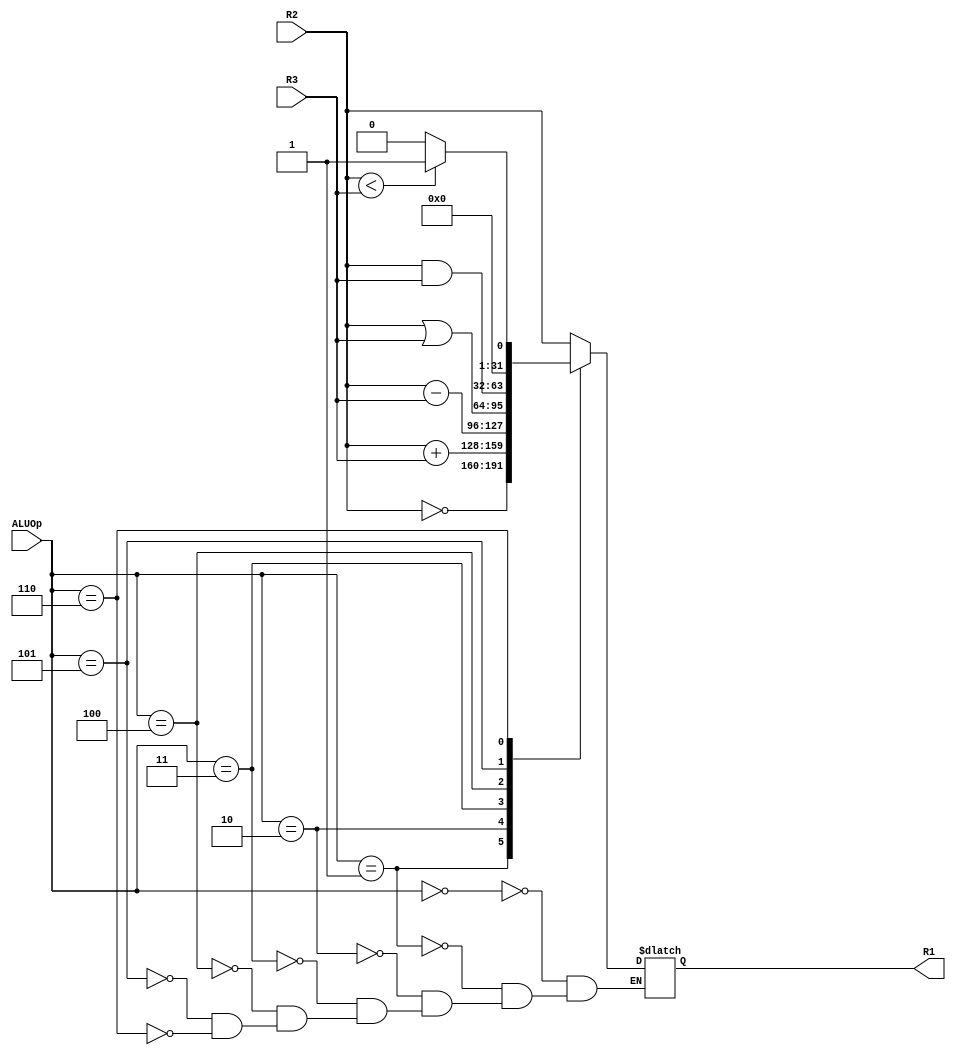
`timescale 1ns / 1ps
//////////////////////////////////////////////////////////////////////////////////
// Company: 
// Engineer: 
// 
// Design Name: 
// Module Name:    ALU 
// Project Name: 
// Target Devices: 
// Tool versions: 
// Description: 
//
// Dependencies: 
//
// Revision: 
// Revision 0.01 - File Created
// Additional Comments: 
//
//////////////////////////////////////////////////////////////////////////////////
module ALU(R1, ALUOp, R2, R3
    );
	 
	 input [2:0] ALUOp;
	 input [31:0] R3;
	 input [31:0] R2;
	 output reg [31:0] R1;
	 
	 //wire [31:0] MOV, NOT, ADD, SUB, OR, AND, SLT;

	always@(*) 
	begin
		case(ALUOp)

				3'b000: R1<=R2;
				3'b001: R1<=~R2;
				3'b010: R1<=R2+R3;
				3'b011: R1<=R2-R3;
				3'b100: R1<=R2|R3;
				3'b101: R1<=R2&R3;
				3'b110: R1<=(R2<R3) ? 1:0; 
		endcase
	end
				
			
		
endmodule